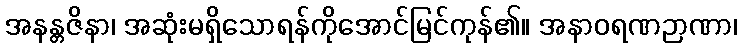
အနန္တဇိနာ၊ အဆုံးမရှိသောရန်ကိုအောင်မြင်ကုန်၏။ အနာဝရဏဉာဏာ၊